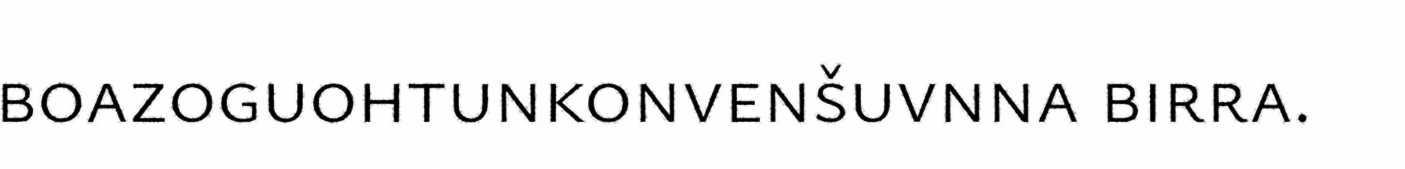
boazoguohtunkonvenšuvnna birra.